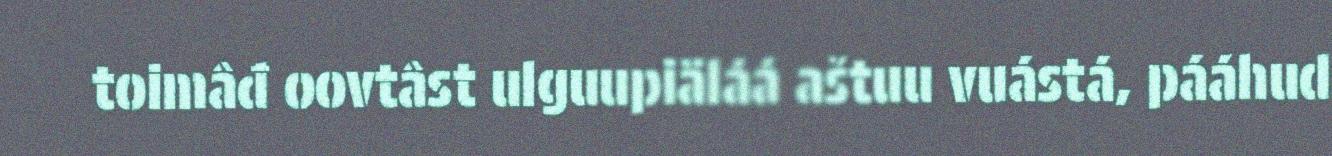
toimâđ oovtâst ulguupiäláá aštuu vuástá, pááhud